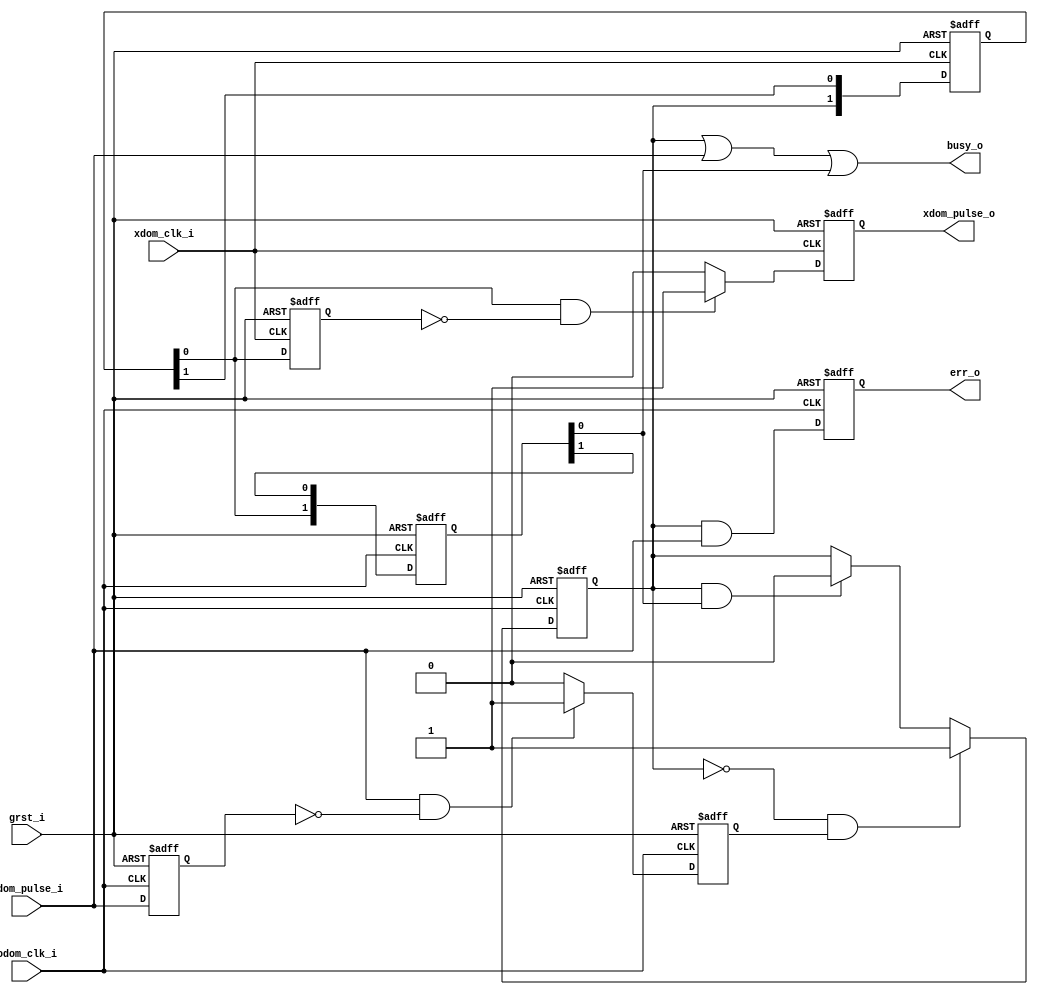
module xdom_pulse_sender (
input		grst_i,

input		odom_clk_i,
input		odom_pulse_i,

input		xdom_clk_i,
output		xdom_pulse_o,

output		busy_o,
output		err_o
);

/* signals in origin domain */
reg		odom_pulse_delay_r;
reg		odom_pulse_keeper_r;
reg	[1:0]	odom_feedback_double_flips_r	;
reg		err_r;
reg		odom_pulse_gen_r;

/* cross-domain signals */
wire		xdom_pulse_en;
wire		odom_pulse_safe_cancel;

/* signals in cross domain */
reg	[1:0]	xdom_double_flips_r		;
reg		xdom_pulse_en_delay_r		;
reg		xdom_pulse_gen_r		;

/* latch input pulse for one cycle */
always @(posedge odom_clk_i or posedge grst_i)
	if (grst_i)
		odom_pulse_delay_r <= 1'b0;
	else
		odom_pulse_delay_r <= odom_pulse_i;

/* detect pos-edge of odm_pulse_i */
always @(posedge odom_clk_i or posedge grst_i)
	if (grst_i)
		odom_pulse_gen_r <= 1'b0;
	else if ((odom_pulse_i == 1'b1) && (odom_pulse_delay_r == 1'b0))
		odom_pulse_gen_r <= 1'b1;
	else
		odom_pulse_gen_r <= 1'b0;

/* keep input pulse signal until feedback signal cancel it */
always @(posedge odom_clk_i or posedge grst_i)
	if (grst_i)
		odom_pulse_keeper_r <= 1'b0;
	else if (odom_pulse_keeper_r == 1'b0 && (odom_pulse_gen_r == 1'b1))
		odom_pulse_keeper_r <= 1'b1;
	else if (odom_pulse_keeper_r == 1'b1 && odom_pulse_safe_cancel == 1'b1)
		odom_pulse_keeper_r <= 1'b0;
	else
		odom_pulse_keeper_r <= odom_pulse_keeper_r;

/* busy signal */
assign busy_o = odom_pulse_keeper_r | odom_pulse_i | odom_pulse_safe_cancel;

/* a new request must wait until last is finished */
always @(posedge odom_clk_i or posedge grst_i)
	if (grst_i)
		err_r <= 1'b0;
	else 
		err_r <= (odom_pulse_keeper_r == 1'b1) && (odom_pulse_i == 1'b1);

assign err_o = err_r;

/* double flips in cross-domain */
always @(posedge xdom_clk_i or posedge grst_i)
	if (grst_i)
		xdom_double_flips_r <= 2'b0;
	else
		xdom_double_flips_r <= {odom_pulse_keeper_r, xdom_double_flips_r[1]};

assign xdom_pulse_en = xdom_double_flips_r[0];

/* double flips in origin-domain */
always @(posedge odom_clk_i or posedge grst_i)
	if (grst_i)
		odom_feedback_double_flips_r <= 2'b0;
	else
		odom_feedback_double_flips_r <= {xdom_pulse_en, odom_feedback_double_flips_r[1]};

assign odom_pulse_safe_cancel = odom_feedback_double_flips_r[0];

/* latch cross domain pulse enable signal for one cycle. */
always @(posedge xdom_clk_i or posedge grst_i)
	if (grst_i)
		xdom_pulse_en_delay_r <= 1'b0;
	else
		xdom_pulse_en_delay_r <= xdom_pulse_en;

/* generate pulse in cross-domain */
always @(posedge xdom_clk_i or posedge grst_i)
	if (grst_i)
		xdom_pulse_gen_r <= 1'b0;
	else if (xdom_pulse_en == 1'b1 && xdom_pulse_en_delay_r == 1'b0)
		xdom_pulse_gen_r <= 1'b1;
	else
		xdom_pulse_gen_r <= 1'b0;

assign xdom_pulse_o = xdom_pulse_gen_r;

endmodule